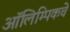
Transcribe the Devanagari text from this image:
आॅलिम्पिकचे